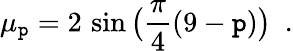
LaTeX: \mu_{\mathtt{p}}=2\, \sin\big(\frac{{\pi}}{{4}}(9-\mathtt{p})\big)~~.